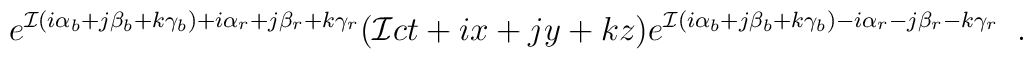
e^{{\cal I}(i\alpha_{b}+j\beta_{b}+k\gamma_{b})+i\alpha_{r} +j\beta_{r} +k \gamma_{r}} ({\cal I}ct + ix+jy+kz)e^{{\cal I}(i\alpha_{b}+j\beta_{b}+k\gamma_{b})-i\alpha_{r} -j\beta_{r} -k \gamma_{r}} \; \; .